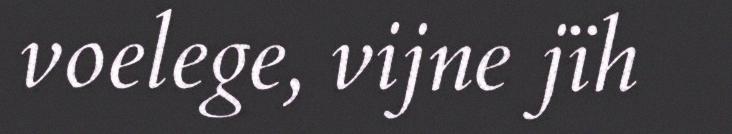
voelege, vijne jïh